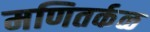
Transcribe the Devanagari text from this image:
मणितर्कळ